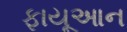
ફાયૂઆન